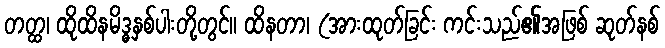
တတ္ထ၊ ထိုထိနမိဒ္ဓနှစ်ပါးတို့တွင်။ ထိနတာ၊ (အားထုတ်ခြင်း ကင်းသည်၏အဖြစ် ဆုတ်နစ်